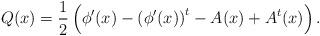
LaTeX: \begin{align*}Q(x) = \frac{1}{2}\left(\phi ^\prime (x) - \left(\phi ^\prime (x)\right)^t - A(x) + A^t(x)\right).\end{align*}